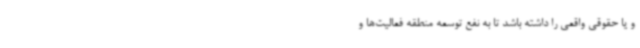
و یا حقوقی واقعی را داشته باشد تا به نفع توسعه منطقه فعالیت‌ها و